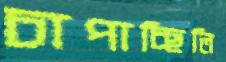
চাপাচ্ছিলি